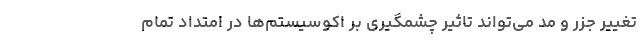
تغییر جزر و مد می‌تواند تاثیر چشمگیری بر اکوسیستم‌ها در امتداد تمام